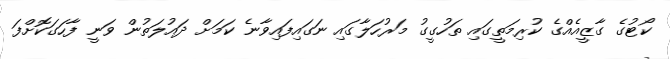
ކޯޓުގެ ގާޒީއެއްގެ ކުރިމަތީގައި ތަހުގީގު މަރުހަލާގައި ނަގައިފައިވާނެ ކަމަށް ދައުލަތުން ވަނީ ފާހަގަކޮށްފަ